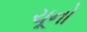
ચૂનો